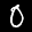
Label: 0